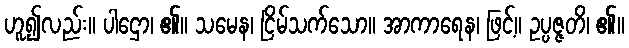
ဟူ၍လည်း။ ပါဌော၊ ၏။ သမေန၊ ငြိမ်သက်သော။ အာကာရေန၊ ဖြင့်။ ဥပ္ပဇ္ဇတိ၊ ၏။